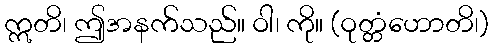
ဣတိ၊ ဤအနက်သည်။ ဝါ၊ ကို။ (ဝုတ္တံဟောတိ၊)